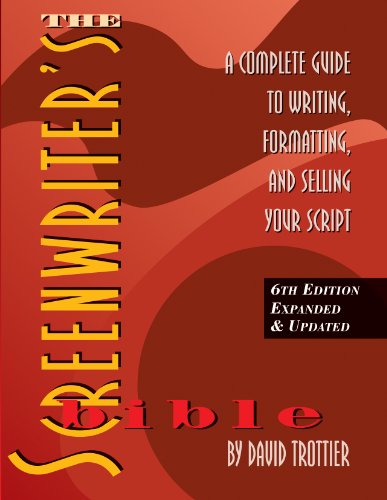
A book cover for The Screenwriter's Bible, 6th Edition: A Complete Guide to Writing, Formatting, and Selling Your Script (Expanded & Updated); David Trottier; Humor & Entertainment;